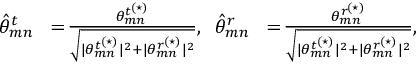
\begin{array} { r l r l } { \hat { \theta } _ { m n } ^ { t } } & { \! = \! \frac { { \theta } _ { m n } ^ { t ^ { ( \star ) } } } { \sqrt { | { \theta } _ { m n } ^ { t ^ { ( \star ) } } | ^ { 2 } + | { \theta } _ { m n } ^ { r ^ { ( \star ) } } | ^ { 2 } } } , } & { \! \! \hat { \theta } _ { m n } ^ { r } } & { \! = \! \frac { { \theta } _ { m n } ^ { r ^ { ( \star ) } } } { \sqrt { | { \theta } _ { m n } ^ { t ^ { ( \star ) } } | ^ { 2 } + | { \theta } _ { m n } ^ { r ^ { ( \star ) } } | ^ { 2 } } } , } \end{array}